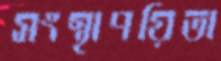
সংস্থাপয়িতা